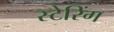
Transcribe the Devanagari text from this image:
स्टेरिंग